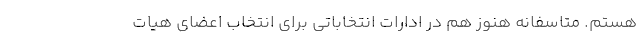
هستم. متاسفانه هنوز هم در ادارات انتخاباتی برای انتخاب اعضای هیات